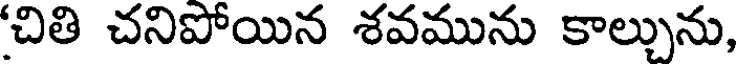
చితి చనిపోయిన శవమును కాల్చును,